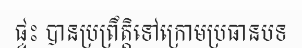
ផ្ទះ បានប្រព្រឹត្តិទៅក្រោមប្រធានបទ